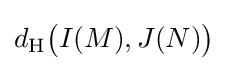
d_{\text{H}}{\big (}I(M),J(N){\big )}